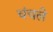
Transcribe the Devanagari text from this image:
चंचले